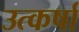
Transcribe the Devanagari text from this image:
उत्कर्षा